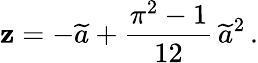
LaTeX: \mathbf{z}=-\widetilde{{a}}+\frac{{\pi^{2}-1}}{{12}}\, \widetilde{{a}}^{2}\, .